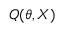
Q ( \theta , X )